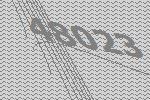
48023